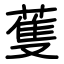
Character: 蒦